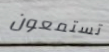
تستمعون